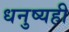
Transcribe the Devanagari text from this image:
धनुष्यही